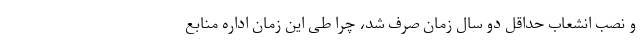
و نصب انشعاب حداقل دو سال زمان صرف شد، چرا طی این زمان اداره منابع